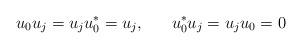
LaTeX: \begin{align*}u_{0} u_{j} = u_{j} u_{0}^{*} = u_{j},~~~~~ u_{0}^{*} u_{j} = u_{j} u_{0} = 0\end{align*}